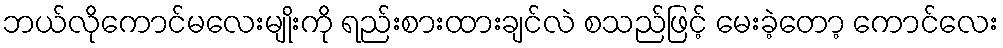
ဘယ်လိုကောင်မလေးမျိုးကို ရည်းစားထားချင်လဲ စသည်ဖြင့် မေးခဲ့တော့ ကောင်လေး